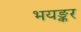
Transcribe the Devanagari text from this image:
भयङ्कर